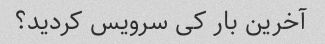
آخرین بار کی سرویس کردید؟